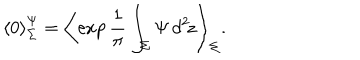
{ \langle 0 \rangle } _ { \Sigma } ^ { \Psi } = \left\langle \exp \frac { 1 } { \pi } \int _ { \Sigma } \Psi \, d ^ { 2 } \! z \right\rangle _ { \Sigma } .